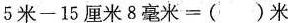
$$5 米 - 1 5 厘 米 8 毫 米 = （） 米$$